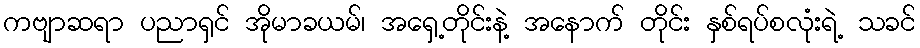
ကဗျာဆရာ ပညာရှင် အိုမာခယမ်၊ အရှေ့တိုင်းနဲ့ အနောက် တိုင်း နှစ်ရပ်စလုံးရဲ့ သခင်